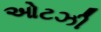
ઓટઝી